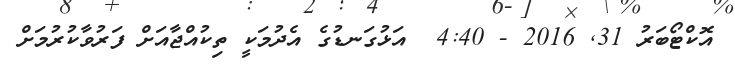
އޮކްޓޯބަރު 31